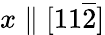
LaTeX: x\parallel[11\overline{{2}}]